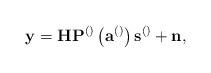
LaTeX: \begin{align*}\mathbf{y}=\mathbf{H}\mathbf{P}^{\left(\right)}\left(\mathbf{a}^{\left(\right)}\right)\mathbf{s}^{\left(\right)}+\mathbf{n}, \end{align*}